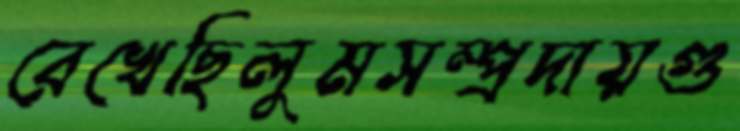
রেখেছিলুমসম্প্রদায়গু